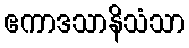
ဧကာဒသာနိသံသာ